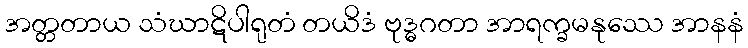
အတ္တတာယ သံဃာဋိပါရုတံ တယိဒံ ဗုဒ္ဓဂတာ အာရက္ခမနုဿေ အာနနံ